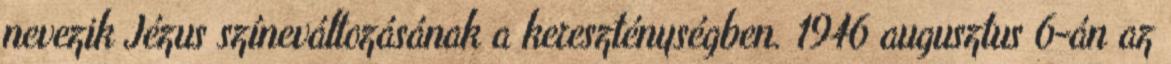
nevezik Jézus színeváltozásának a kereszténységben. 1946 augusztus 6-án az